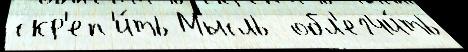
скр'еп'и́ть Мысль  обл'егчи́ть